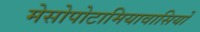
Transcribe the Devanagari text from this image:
मेसोपोटामियावासियों